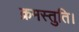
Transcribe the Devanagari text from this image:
क्रमस्तुति।